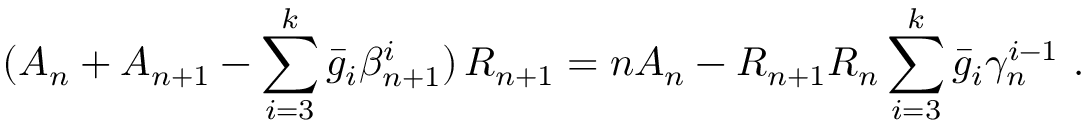
( A _ { n } + A _ { n + 1 } - \sum _ { i = 3 } ^ { k } \bar { g } _ { i } \beta _ { n + 1 } ^ { i } ) \, R _ { n + 1 } = n A _ { n } - R _ { n + 1 } R _ { n } \sum _ { i = 3 } ^ { k } \bar { g } _ { i } \gamma _ { n } ^ { i - 1 } \ .